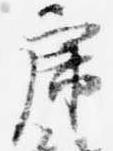
虎